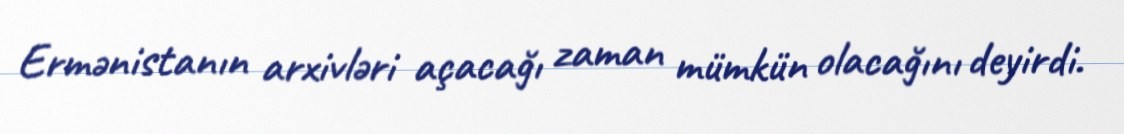
Ermənistanın arxivləri açacağı zaman mümkün olacağını deyirdi.